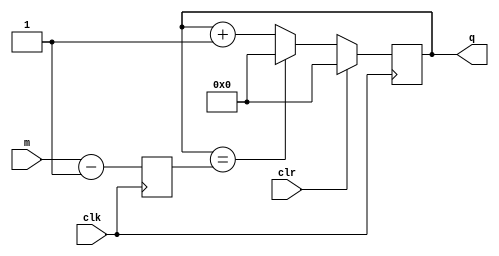
// 
module mchange_1(q,clk,clr,m);
output [7:0] q;         // 
input clk,clr;          // 
input [7:0] m;          // 
reg [7:0] q;
reg [7:0] md;           // -1

always @(posedge clk) begin
    md <= m - 1;
    if (clr)
        q <= 0;
    else begin
        if (q == md)
            q <= 0;
        else
            q <= q + 1;
    end
end

endmodule